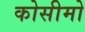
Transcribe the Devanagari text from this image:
कोसीमो